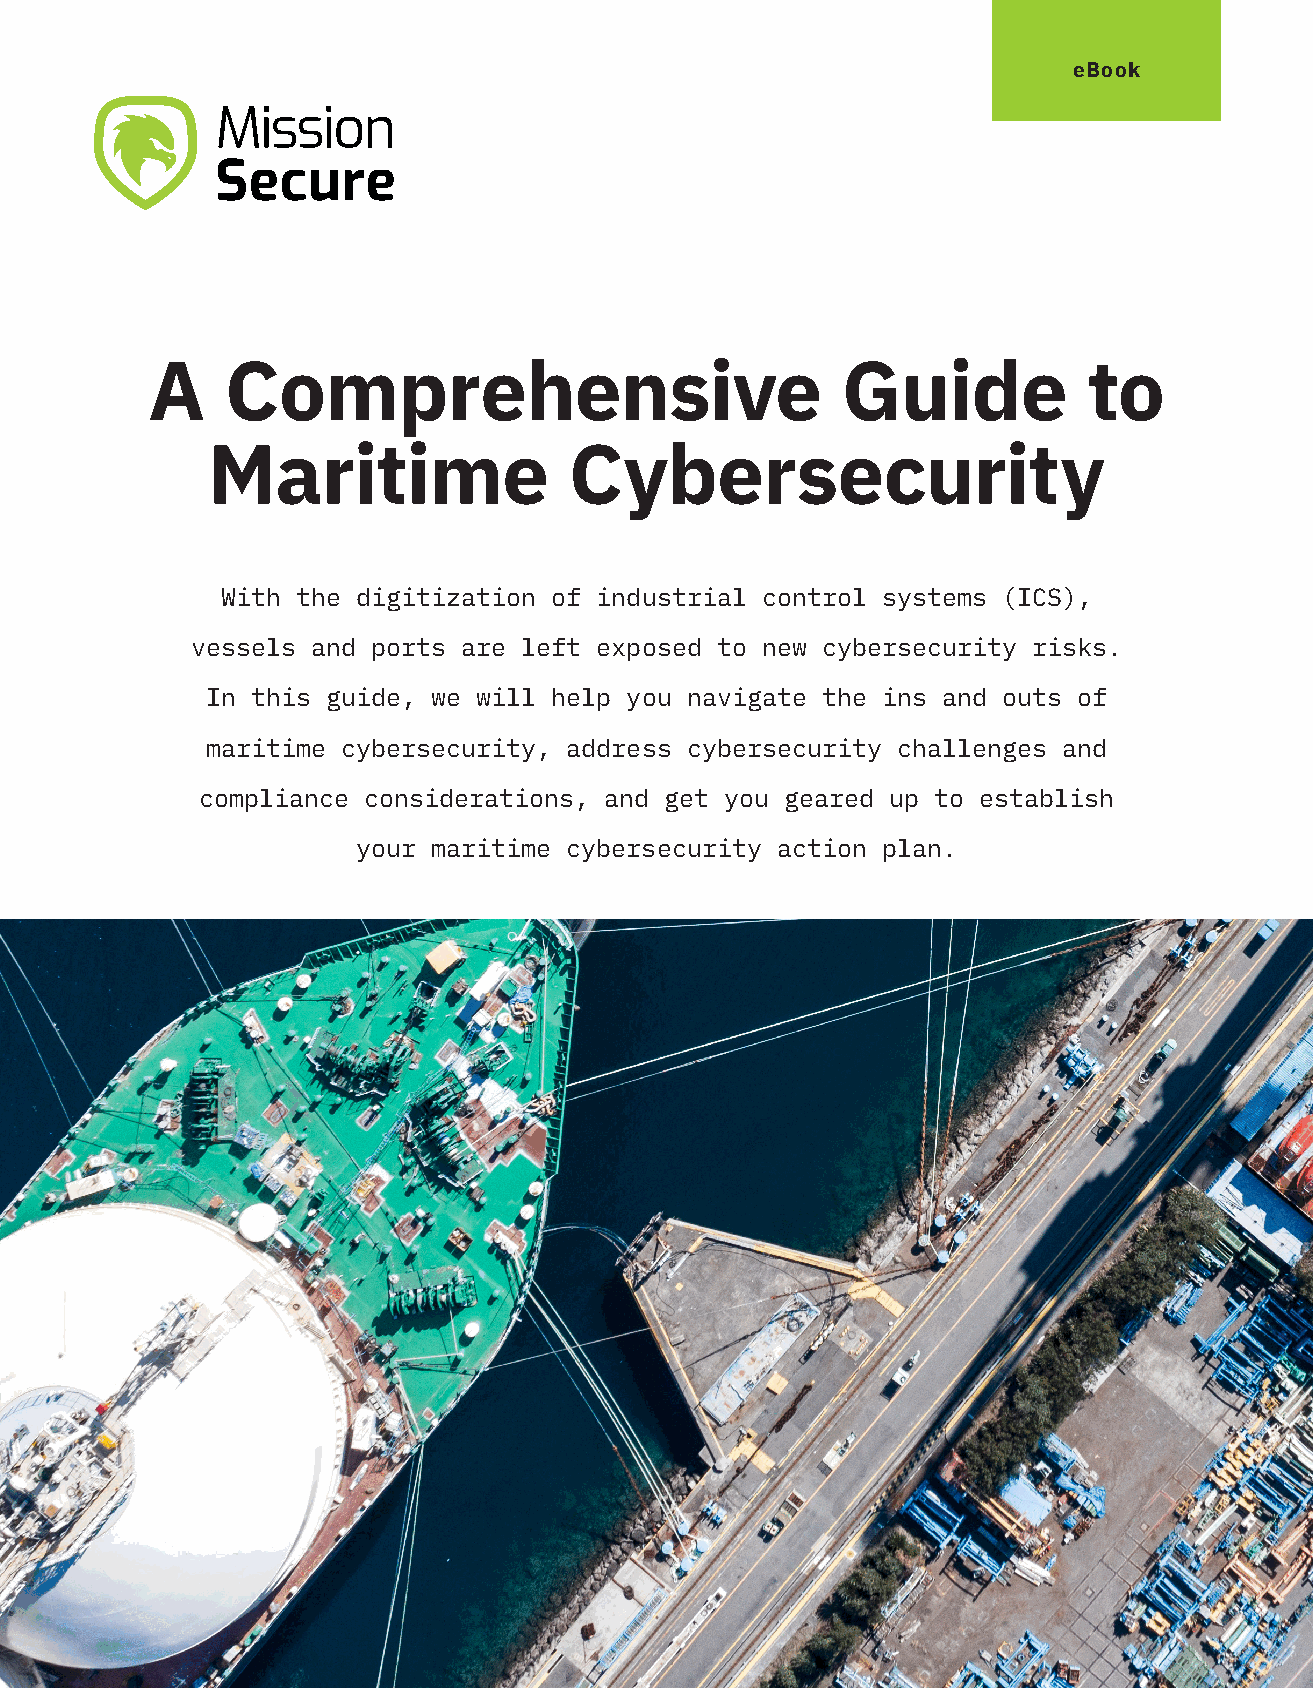
eBook
 A    Comprehensive                            Guide           to
 Maritime                Cybersecurity
 With the digitization of industrial control systems (ICS),
 vessels and ports are left exposed to new cybersecurity risks.
 In this guide, we will help you navigate the ins and outs of
 maritime cybersecurity, address cybersecurity challenges and
 compliance considerations, and get you geared up to establish
 your maritime cybersecurity action plan.
 A Comprehensive Guide to Maritime Cybersecurity       www.missionsecure.com 1